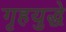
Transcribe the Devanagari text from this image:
गृहयुद्धे